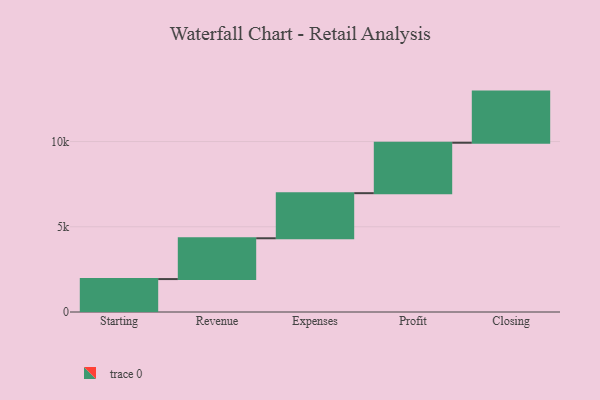
{"axis": {"x": "Step", "y": "Value"}, "legend": [""], "data": [{"x": "Starting", "y": 1932.0, "type": ""}, {"x": "Revenue", "y": 2394.0, "type": ""}, {"x": "Expenses", "y": 2645.0, "type": ""}, {"x": "Profit", "y": 2959.0, "type": ""}, {"x": "Closing", "y": 3000, "type": ""}]}